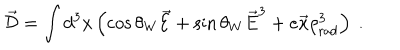
LaTeX: \vec { \cal D } = \int d ^ { 3 } x \left( \cos \theta _ { W } \vec { \cal E } + \sin \theta _ { W } \vec { E } ^ { 3 } + e \vec { x } \rho _ { \mathrm { r a d } } ^ { 3 } \right) \ .